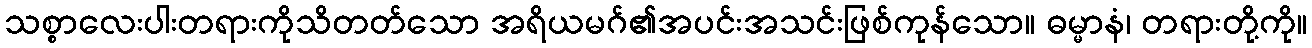
သစ္စာလေးပါးတရားကိုသိတတ်သော အရိယမဂ်၏အပင်းအသင်းဖြစ်ကုန်သော။ ဓမ္မာနံ၊ တရားတို့ကို။